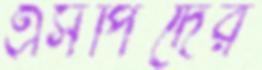
এসপিদের